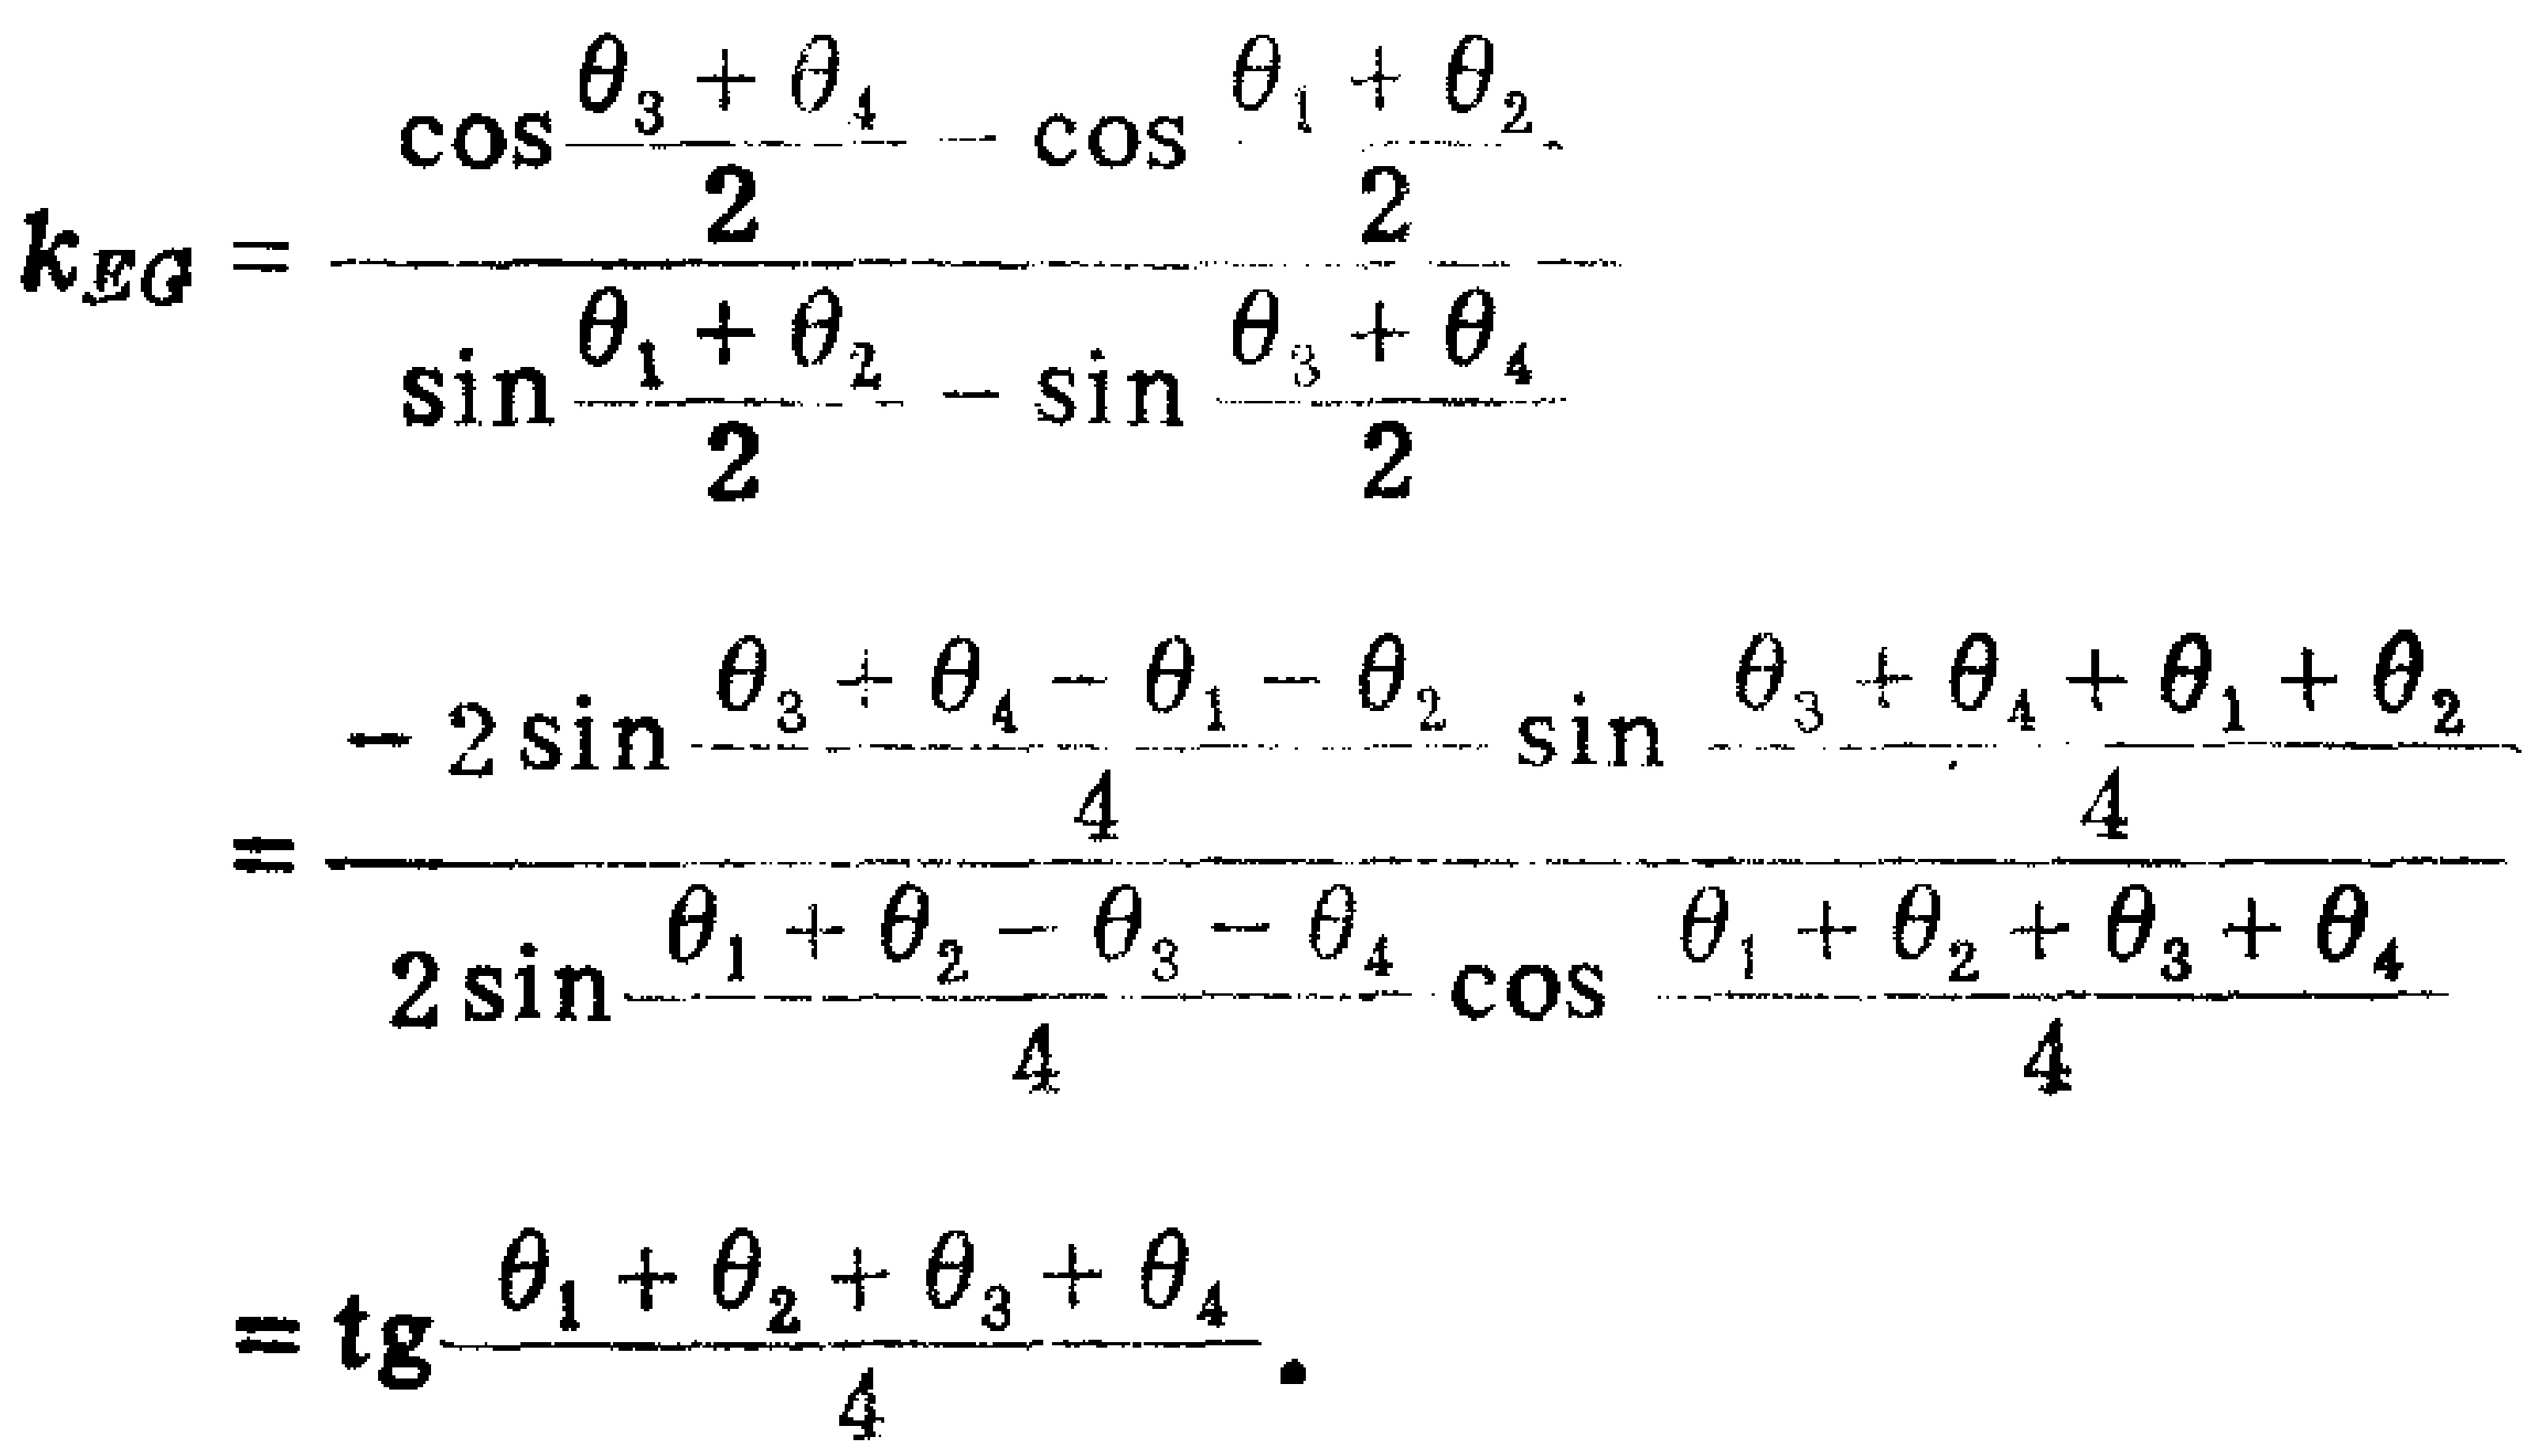
\[
\begin{align*}
k_{EG}&=\frac{\cos\frac{\theta_{3}+\theta_{4}}{2}-\cos\frac{\theta_{1}+\theta_{2}}{2}}{\sin\frac{\theta_{1}+\theta_{2}}{2}-\sin\frac{\theta_{3}+\theta_{4}}{2}}\\
&=\frac{-2\sin\frac{\theta_{3}+\theta_{4}-\theta_{1}-\theta_{2}}{4}\sin\frac{\theta_{3}+\theta_{4}+\theta_{1}+\theta_{2}}{4}}{2\sin\frac{\theta_{1}+\theta_{2}-\theta_{3}-\theta_{4}}{4}\cos\frac{\theta_{1}+\theta_{2}+\theta_{3}+\theta_{4}}{4}}\\
&=\operatorname{tg}\frac{\theta_{1}+\theta_{2}+\theta_{3}+\theta_{4}}{4}
\end{align*}
\]